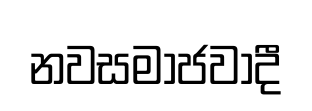
නවසමාජවාදී